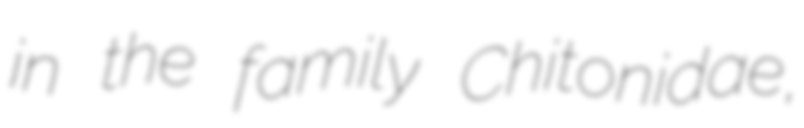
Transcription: in the family Chitonidae,